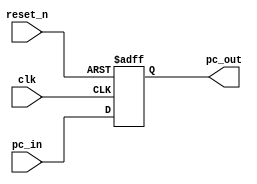
module program_counter(
input clk ,
input reset_n ,
input [31:0]pc_in ,
output reg[31:0]pc_out
);
always@(posedge clk or negedge reset_n)
   begin
     if(!reset_n)
        pc_out <= 32'd0 ;
     else
        pc_out <= pc_in ;
   end
endmodule